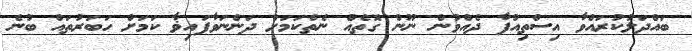
ބައްދަލުކުރައްވާ އިސްތިއުފާ ދެއްވުން ނޫން ގޮތެއް ނެތްކަމަށް ދަންނަވާފައިޥާ ކަމަށް ހަބަރުތައް ބުނެ